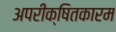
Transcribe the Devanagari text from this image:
अपरीक्षितकारम